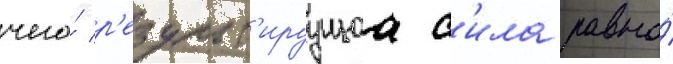
чего́ р'езульт'ируущаа с'ила равна́